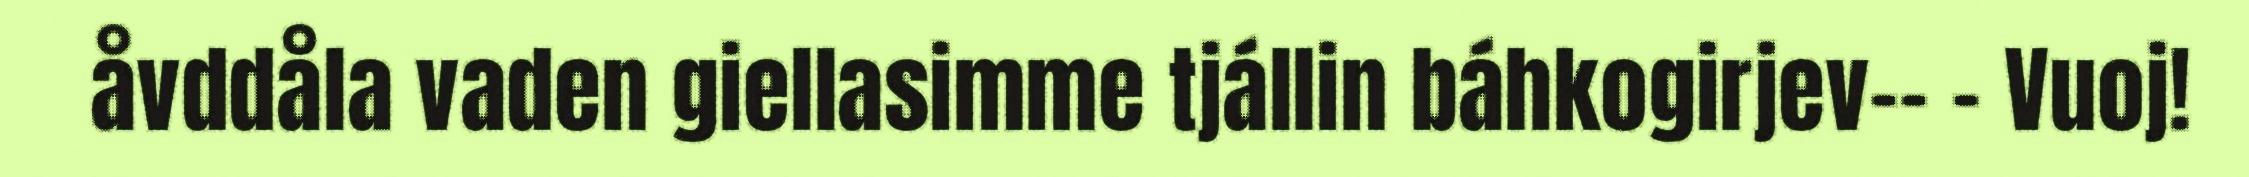
åvddåla vaden giellasimme tjállin báhkogirjev–– – Vuoj!